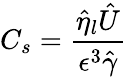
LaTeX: C_{s}=\frac{\hat{\eta}_{l}\hat{U}}{\epsilon^{3}\hat{\gamma}}